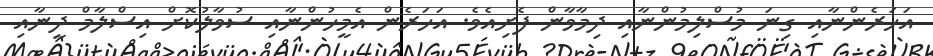
އަހަރެންނާއި ގިނަ މުސްލިމުންނާއި ދިމާވާން ފެށިއެވެ. އަހަރެން އެމީހުންނާއި ސުވާލުކޮށް އިސްލާމް ދީނާއި